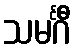
သမင်္ဂီ